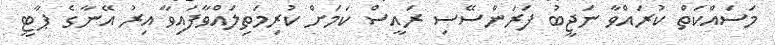
މަސައްކަތް ކުރައްވާ ނަޖީބު ފަރަންސޭސި ރައީސް ކަމަށް ކުރިމަތިލައްވާފައިވާ އިރު އޭނާގެ ޕާޓީ